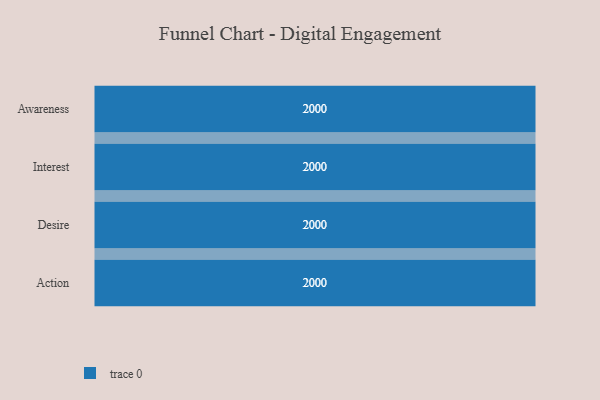
{"axis": {"x": "Stage", "y": "Value"}, "legend": [""], "data": [{"x": "Awareness", "y": 2000, "type": ""}, {"x": "Interest", "y": 2000, "type": ""}, {"x": "Desire", "y": 2000, "type": ""}, {"x": "Action", "y": 2000, "type": ""}]}